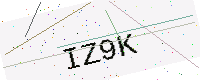
Text: IZ9K